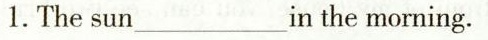
1.Thesun___in the morning.